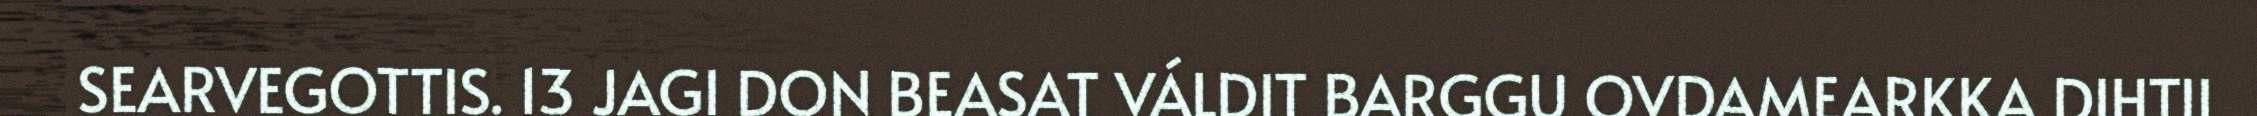
SEARVEGOTTIS. 13 JAGI DON BEASAT VÁLDIT BARGGU OVDAMEARKKA DIHTII